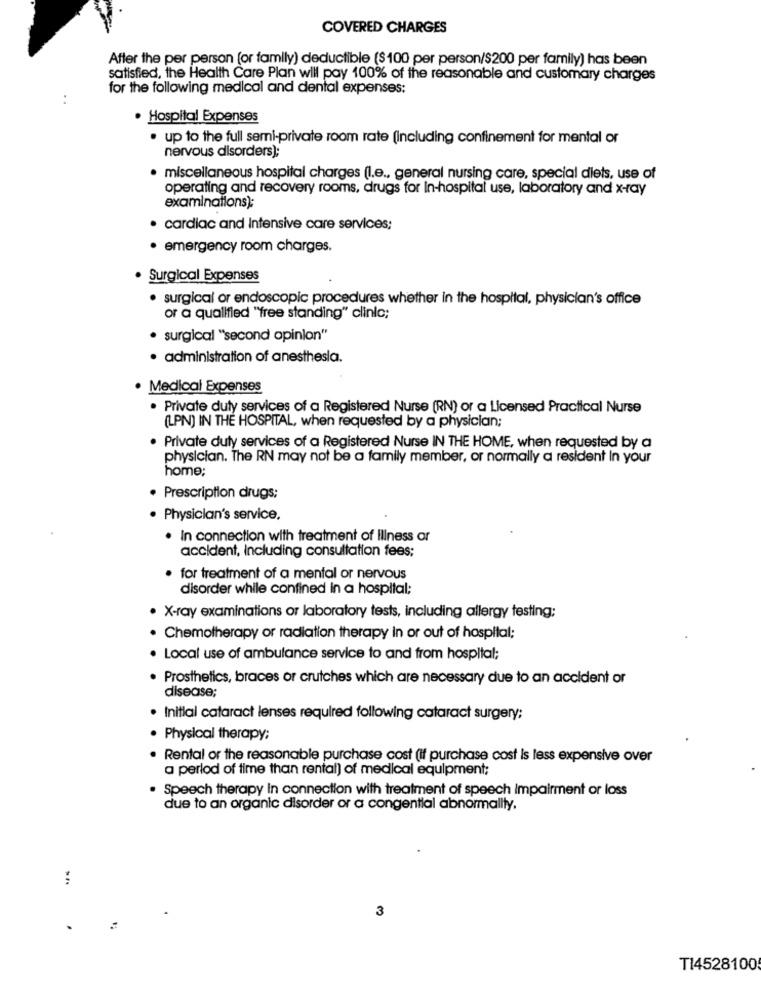
COVERED CHARGES
After the per person (or family) deductible ($100 per person/$200 per family) has been
satisfied, the Health Care Plan will pay 100% of the reasonable and customary charges
for the following medical and dental expenses:
· Hospital Expenses
. up to the full semi-private room rate (Including confinement for mental or
nervous disorders);
· miscellaneous hospital charges (I.e ., general nursing care, special diets, use of
operating and recovery rooms, drugs for In-hospital use, laboratory and x-ray
examinations);
· cardiac and Intensive care services;
· emergency room charges.
· Surgical Expenses
· surgical or endoscopic procedures whether in the hospital, physician's office
or a qualified "free standing" clinic;
· surgical "'second opinion"
· administration of anesthesia.
· Medical Expenses
· Private duty services of a Registered Nurse (RN) or a Licensed Practical Nurse
(LPN) IN THE HOSPITAL, when requested by a physician;
· Private duty services of a Registered Nurse IN THE HOME, when requested by a
physician. The RN may not be a family member, or normally a resident In your
home;
· Prescription drugs;
· Physician's service,
· In connection with treatment of illness or
accident, Including consultation fees:
· for treatment of a mental or nervous
disorder while confined in a hospital;
· X-ray examinations or laboratory tests, including allergy testing;
. Chemotherapy or radiation therapy in or out of hospital;
. Local use of ambulance service to and from hospital;
· Prosthetics, braces or crutches which are necessary due to an accident or
disease;
· Initial cataract lenses required following cataract surgery;
· Physical therapy;
. Rental or the reasonable purchase cost (if purchase cost is less expensive over
a period of time than rental) of medical equipment;
. Speech therapy In connection with treatment of speech impairment or loss
due to an organic disorder or a congential abnormality.
3
TI4528100